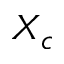
X _ { c }